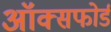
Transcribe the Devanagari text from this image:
अॉक्सफोर्ड